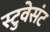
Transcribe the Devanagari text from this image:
स्टुवेसंट